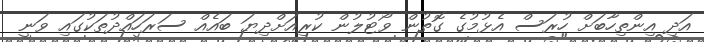
އަދި އިންތިހާބަށް ހުރަސް އެޅުމުގެ ގޮތުން ވޯޓުލުން ކުރިއަށްދިޔަ ބައެއް ސަރަހައްދުތަކުގައި ވަނީ